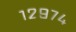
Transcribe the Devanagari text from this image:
१२९७४